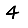
Digit: 4